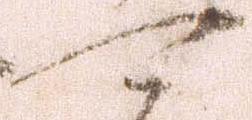
可